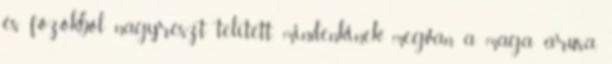
és főzőkből nagyrészt telített, mindenkinek megvan a maga árusa,